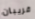
قريبان